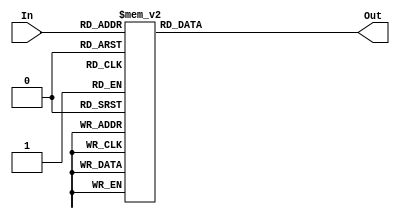
/*
 * Decoder 7
 *
 * Decodes a 4 bit input into the equivalent 7 bit word to print in the 7
 * segment display.
 */
module Decoder7 (
	input wire [3:0] In,
	output reg [6:0] Out
	);

	always @(*)
	begin
		case (In)
			4'b0000: Out = ~7'b0111111; 
			4'b0001: Out = ~7'b0000110;
			4'b0010: Out = ~7'b1011011; 
			4'b0011: Out = ~7'b1001111; 

			4'b0100: Out = ~7'b1100110; 
			4'b0101: Out = ~7'b1101101; 
			4'b0110: Out = ~7'b1111101; 
			4'b0111: Out = ~7'b0000111; 
 
			4'b1000: Out = ~7'b1111111; 
			4'b1001: Out = ~7'b1101111;
			4'b1010: Out = ~7'b1110111; 
			4'b1011: Out = ~7'b1111100; 

			4'b1100: Out = ~7'b0111001; 
			4'b1101: Out = ~7'b1011110; 
			4'b1110: Out = ~7'b1111001; 
			4'b1111: Out = ~7'b1110001; 

			default: Out = ~7'b0000000;
		endcase
	end
endmodule